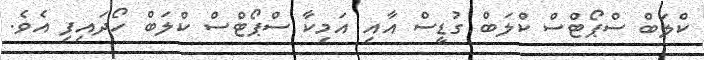
ކްލަބް ސްޕޯޓްސް ކްލަބް ގުޑީސް އާއި އަމިކާ ސްޕޯޓްސް ކްލަބް ހޯދައިފި އެވެ.